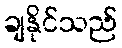
ချနိုင်သည်